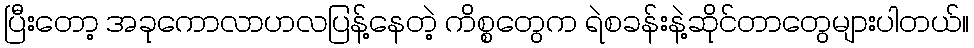
ပြီးတော့ အခုကောလာဟလပြန့်နေတဲ့ ကိစ္စတွေက ရဲစခန်းနဲ့ဆိုင်တာတွေများပါတယ်။